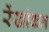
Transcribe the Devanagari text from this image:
रेंखांकन